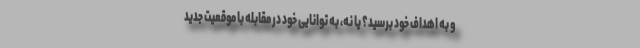
و به اهداف خود برسید؟ یا نه، به توانایی‌ خود در مقابله با موقعیت جدید